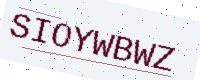
Text: SIOYWBWZ